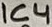
Text: IC4